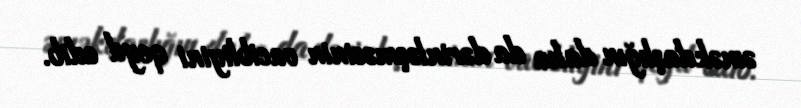
əməkdaşlığın daha da dərinləşməsinin vacibliyini qeyd edib.